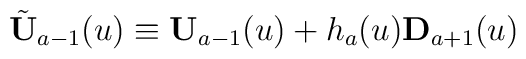
\tilde{\bf U}_{a-1}(u)\equiv {\bf U}_{a-1}(u)+h_a(u){\bf D}_{a+1}(u)